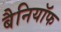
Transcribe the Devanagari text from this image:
बैनियॉफ